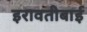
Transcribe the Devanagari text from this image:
इरावतीबाई